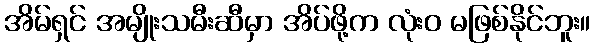
အိမ်ရှင် အမျိုးသမီးဆီမှာ အိပ်ဖို့က လုံးဝ မဖြစ်နိုင်ဘူး။